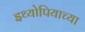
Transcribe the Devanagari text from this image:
इथ्योपियाच्या